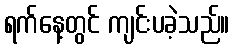
ရက်နေ့တွင် ကျင်းပခဲ့သည်။